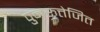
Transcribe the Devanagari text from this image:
पुनरुत्तेजित